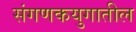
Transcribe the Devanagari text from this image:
संगणकयुगातील